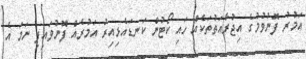
އަމުރު ފޮނުވުމުގެ އިޖުރާއަތުތަކެއް ހައި ކޯޓުން ކަނޑައެޅިއިރު އަމުރެއް ފޮނުވައިފި ނަމަ އެ